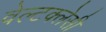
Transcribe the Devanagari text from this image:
वेल्टक्लेसी